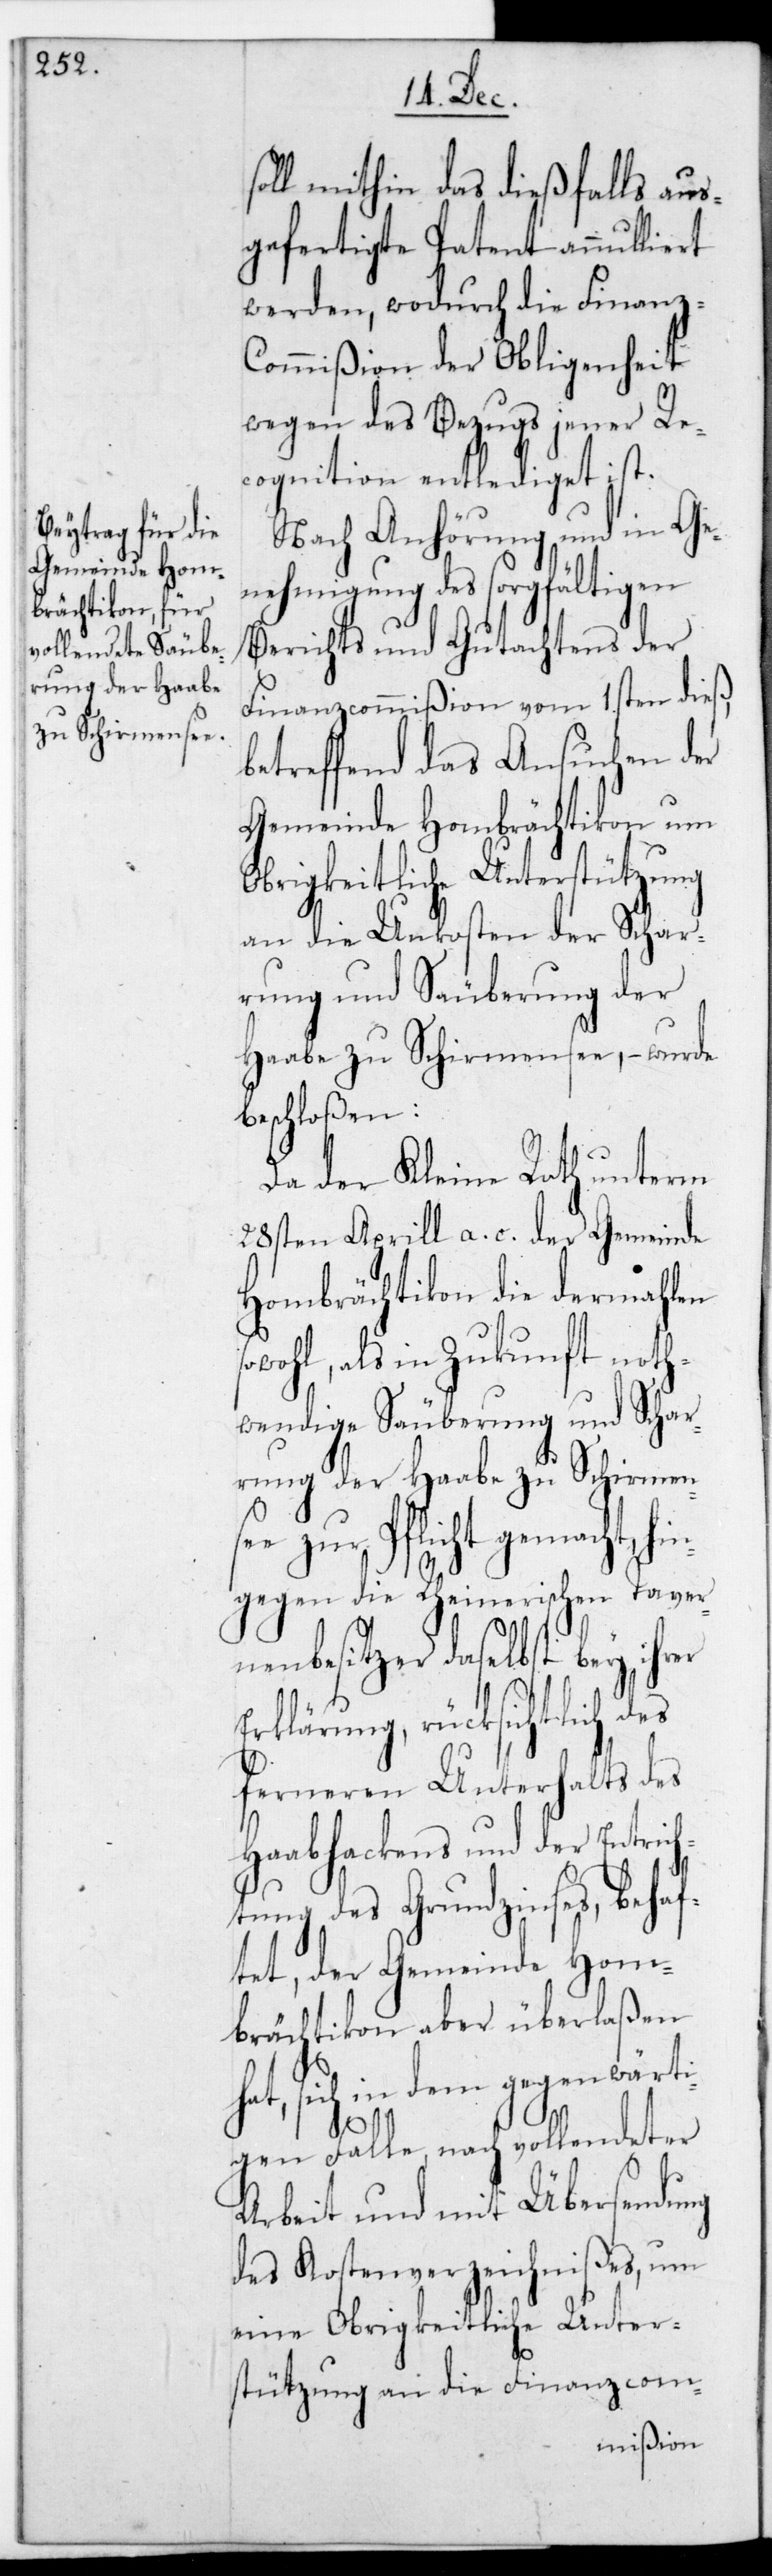
rung der Haabe
zu Schirmense¬

soll mithin das dießfalls aus¬
gefertigte Patent annulliert
werden, wodurch die Finanz¬
commißion der Obliegenheit
wegen des Bezugs jener Re¬
cognition entlediget ist.
Nach Anhörung und in Ge¬
nehmigung des sorgfältigen
Berichts und Gutachtens der
Finanzcommißion vom 1sten dieß,
betreffend das Ansuchen der
Gemeinde Hombrächtikon um
obrigkeitliche Unterstützung
an die Unkosten der Schar¬
rung und Säuberung der
Haabe zu Schirmensee, – wurde
beschloßen:
Da der Kleine Rath unterm
28sten Aprill a. c. der Gemeinde
Hombrächtikon die dermahlen
wohl, als in Zukunft noth¬
wendige Säuberung und Schar¬
e zur Pflicht gemacht,
gegen die Rheinerischen Taver¬
nenbesitzer daselbst bey ihrer
Erklärung, rücksichtlich des
ferneren Unterhalts des
Haabhakens und der Entrich¬
tung des Grundzinses, behaf¬
tet, der Gemeinde Hom¬
brächtikon aber überlaßen
hat, sich in dem gegenwärti¬
hin¬
gen Falle nach vollendeter
Arbeit und mit Übersendung
des Kostenverzeichnißes, um
eine Obrigkeitliche Unter¬
stützung an die Finanzcom-